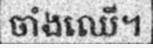
ចាំងឈើ។